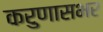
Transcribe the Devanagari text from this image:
करुणासभर